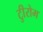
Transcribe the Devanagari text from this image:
टीुरोम